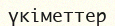
үкіметтер